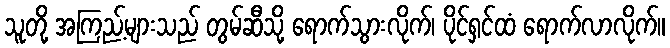
သူတို့ အကြည့်များသည် တွမ်ဆီသို့ ရောက်သွားလိုက်၊ ပိုင်ရှင်ထံ ရောက်လာလိုက်။